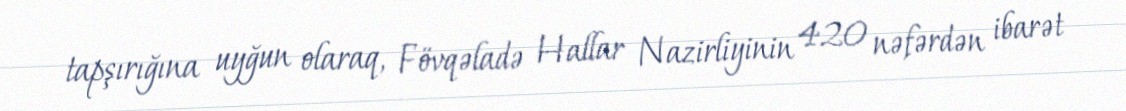
tapşırığına uyğun olaraq, Fövqəladə Hallar Nazirliyinin 420 nəfərdən ibarət